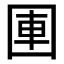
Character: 𪢫